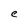
Character: e